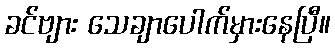
ခင်ဗျား သေချာပေါက်မှားနေပြီ။